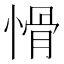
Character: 愲